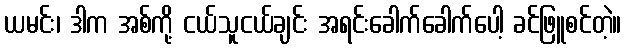
ယမင်း၊ ဒါက အစ်ကို့ ငယ်သူငယ်ချင်း အရင်းခေါက်ခေါက်ပေါ့ ခင်ဖြူစင်တဲ့။